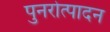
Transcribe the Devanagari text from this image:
पुनरोत्पादन